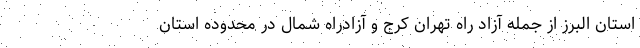
استان البرز از جمله آزاد راه تهران کرج و آزادراه شمال در محدوده استان